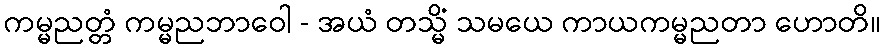
ကမ္မညတ္တံ ကမ္မညဘာဝေါ - အယံ တသ္မိံ သမယေ ကာယကမ္မညတာ ဟောတိ။